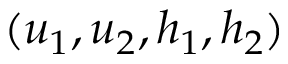
( u _ { 1 } , u _ { 2 } , h _ { 1 } , h _ { 2 } )